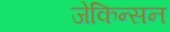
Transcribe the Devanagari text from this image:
जेकिन्सन